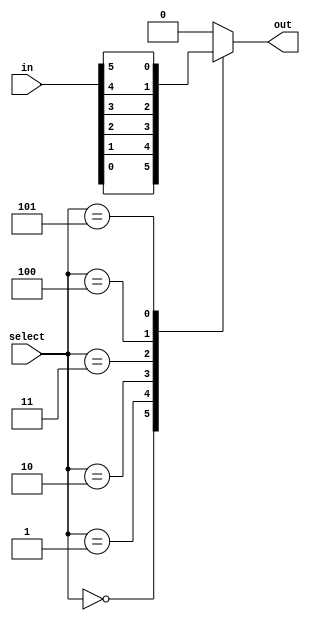
module method(select, in, out);
	input	[2:0]select;
	input [5:0]in;
	output reg out;
	
	always@(select,in)
	begin
		case(select[2:0])
			3'b000: out=in[0];
			3'b001: out=in[1];
			3'b010: out=in[2];
			3'b011: out=in[3];
			3'b100: out=in[4];
			3'b101: out=in[5];
			default: out=1'b0;
		endcase
	end
endmodule

module top(SW,LEDR);
	input [9:0]SW;
	output [9:0]LEDR;
	method u1 (SW[9:7],SW[5:0],LEDR[0]);
endmodule